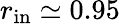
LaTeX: r_{\mathrm{in}}\simeq 0.95